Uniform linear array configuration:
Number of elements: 24
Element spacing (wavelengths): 0.25
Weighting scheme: uniform
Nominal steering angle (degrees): -30
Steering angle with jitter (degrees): -30.089
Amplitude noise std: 0.05
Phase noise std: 0.05

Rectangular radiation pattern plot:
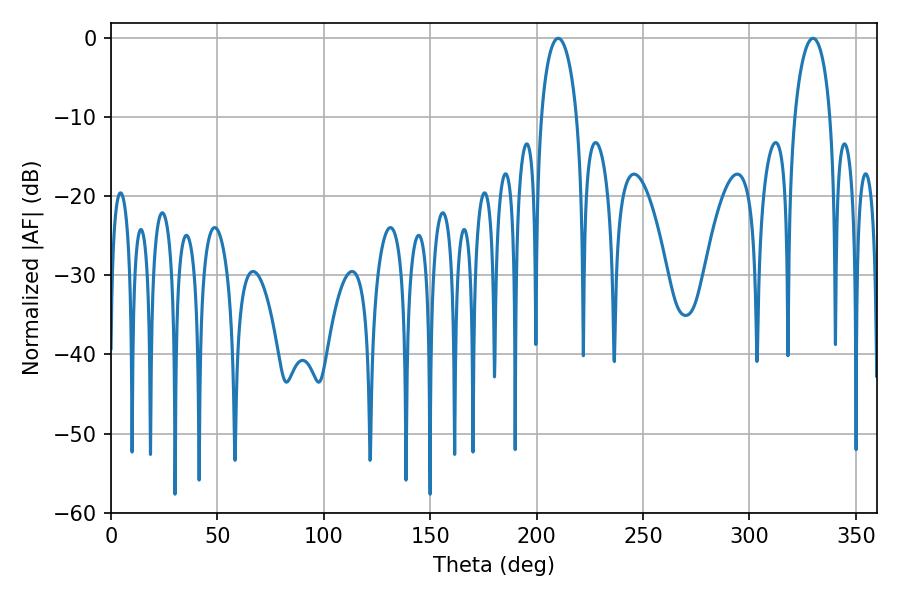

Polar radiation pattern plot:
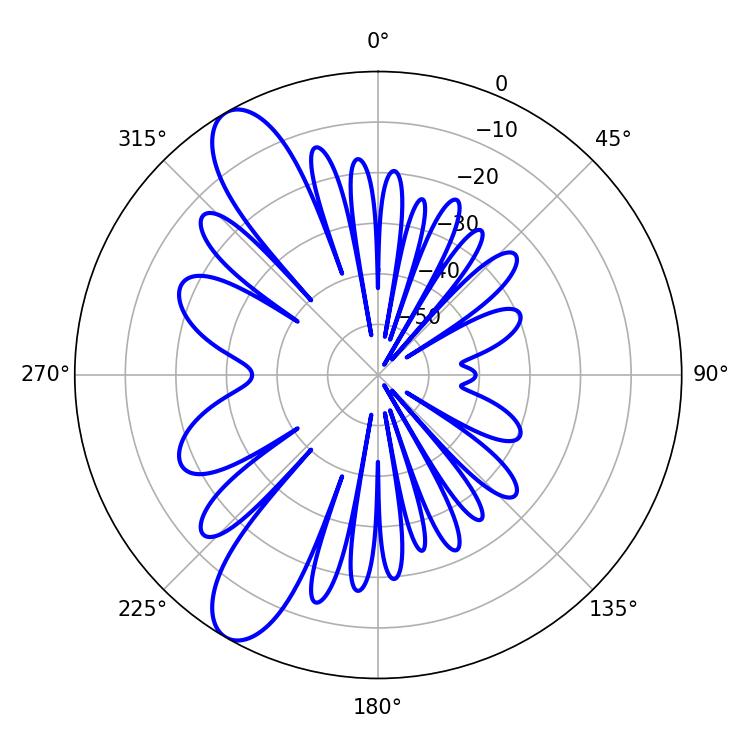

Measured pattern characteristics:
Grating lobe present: FALSE
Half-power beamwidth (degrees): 9.72
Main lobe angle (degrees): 210.06